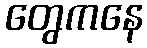
တွေကနေ